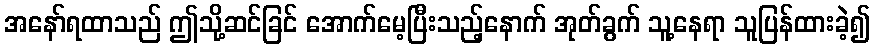
အနော်ရထာသည် ဤသို့ဆင်ခြင် အောက်မေ့ပြီးသည့်နောက် အုတ်ခွက် သူ့နေရာ သူပြန်ထားခဲ့၍